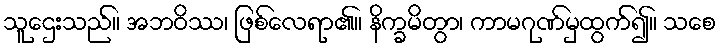
သူဌေးသည်။ အဘဝိဿ၊ ဖြစ်လေရာ၏။ နိက္ခမိတွာ၊ ကာမဂုဏ်မှထွက်၍။ သစေ